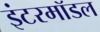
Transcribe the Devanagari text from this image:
इंटरमॉडल